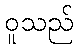
ဝူသည်